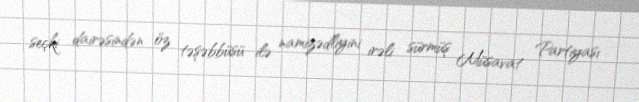
seçki dairəsindən öz təşəbbüsü ilə namizədliyini irəli sürmüş Müsavat Partiyası